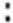
: